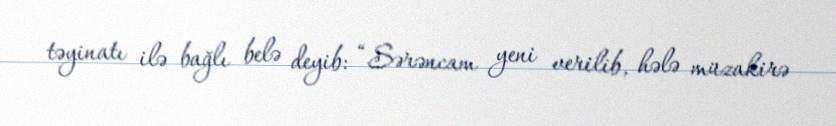
təyinatı ilə bağlı belə deyib: “Sərəncam yeni verilib, hələ müzakirə